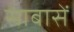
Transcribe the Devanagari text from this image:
साबासें